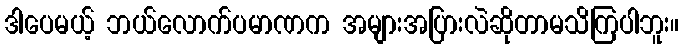
ဒါပေမယ့် ဘယ်လောက်ပမာဏက အများအပြားလဲဆိုတာမသိကြပါဘူး။